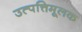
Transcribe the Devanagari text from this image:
उत्पत्तिमूलक